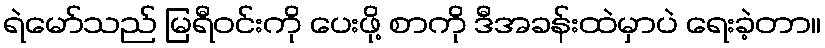
ရဲမော်သည် မြရီဝင်းကို ပေးဖို့ စာကို ဒီအခန်းထဲမှာပဲ ရေးခဲ့တာ။